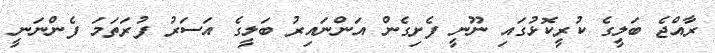
ރާއްޖެ ބަލީގެ ކުރީކޮޅުގައި ނޫނީ ފެށިގެން އަންނައިރު ބަލީގެ އަސަރު ފުރަތަމަ ފެންނަނީ